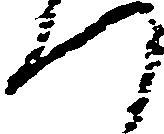
つ